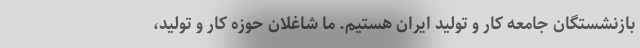
بازنشستگان جامعه کار و تولید ایران هستیم. ما شاغلان حوزه کار و تولید،